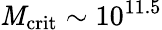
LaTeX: \mathit{M}_{\mathrm{{crit}}}\sim10^{11.5}